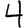
Digit: 4